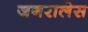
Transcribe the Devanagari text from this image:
जनरालेस